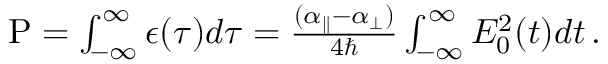
\begin{array} { r } { \mathrm { P } = \int _ { - \infty } ^ { \infty } \epsilon ( \tau ) d \tau = \frac { ( \alpha _ { \parallel } - \alpha _ { \perp } ) } { 4 \hbar } \int _ { - \infty } ^ { \infty } E _ { 0 } ^ { 2 } ( t ) d t \, . } \end{array}